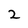
Character: 2